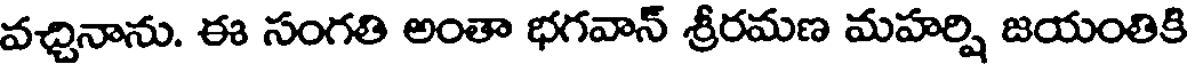
వచ్చినాను. ఈ సంగతి అంతా భగవాన్ శ్రీరమణ మహర్షి జయంతికి